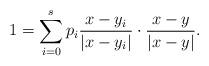
LaTeX: \begin{align*}1 = \sum^s _{i=0} p_i \frac{x-y_i}{|x-y_i|} \cdot \frac{x-y}{|x-y|}.\end{align*}